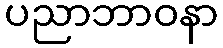
ပညာဘာဝနာ